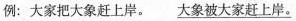
例：大家把大象赶上岸。\underline{大家把大象赶上岸。}